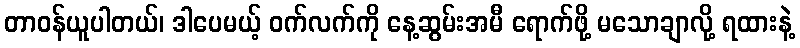
တာဝန်ယူပါတယ်၊ ဒါပေမယ့် ဝက်လက်ကို နေ့ဆွမ်းအမီ ရောက်ဖို့ မသောချာလို့ ရထားနဲ့